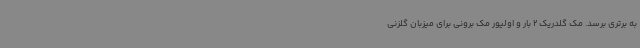
به برتری برسد. مک گلدریک 2 بار و اولیور مک برونی برای میزبان گلزنی